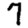
Digit: 7